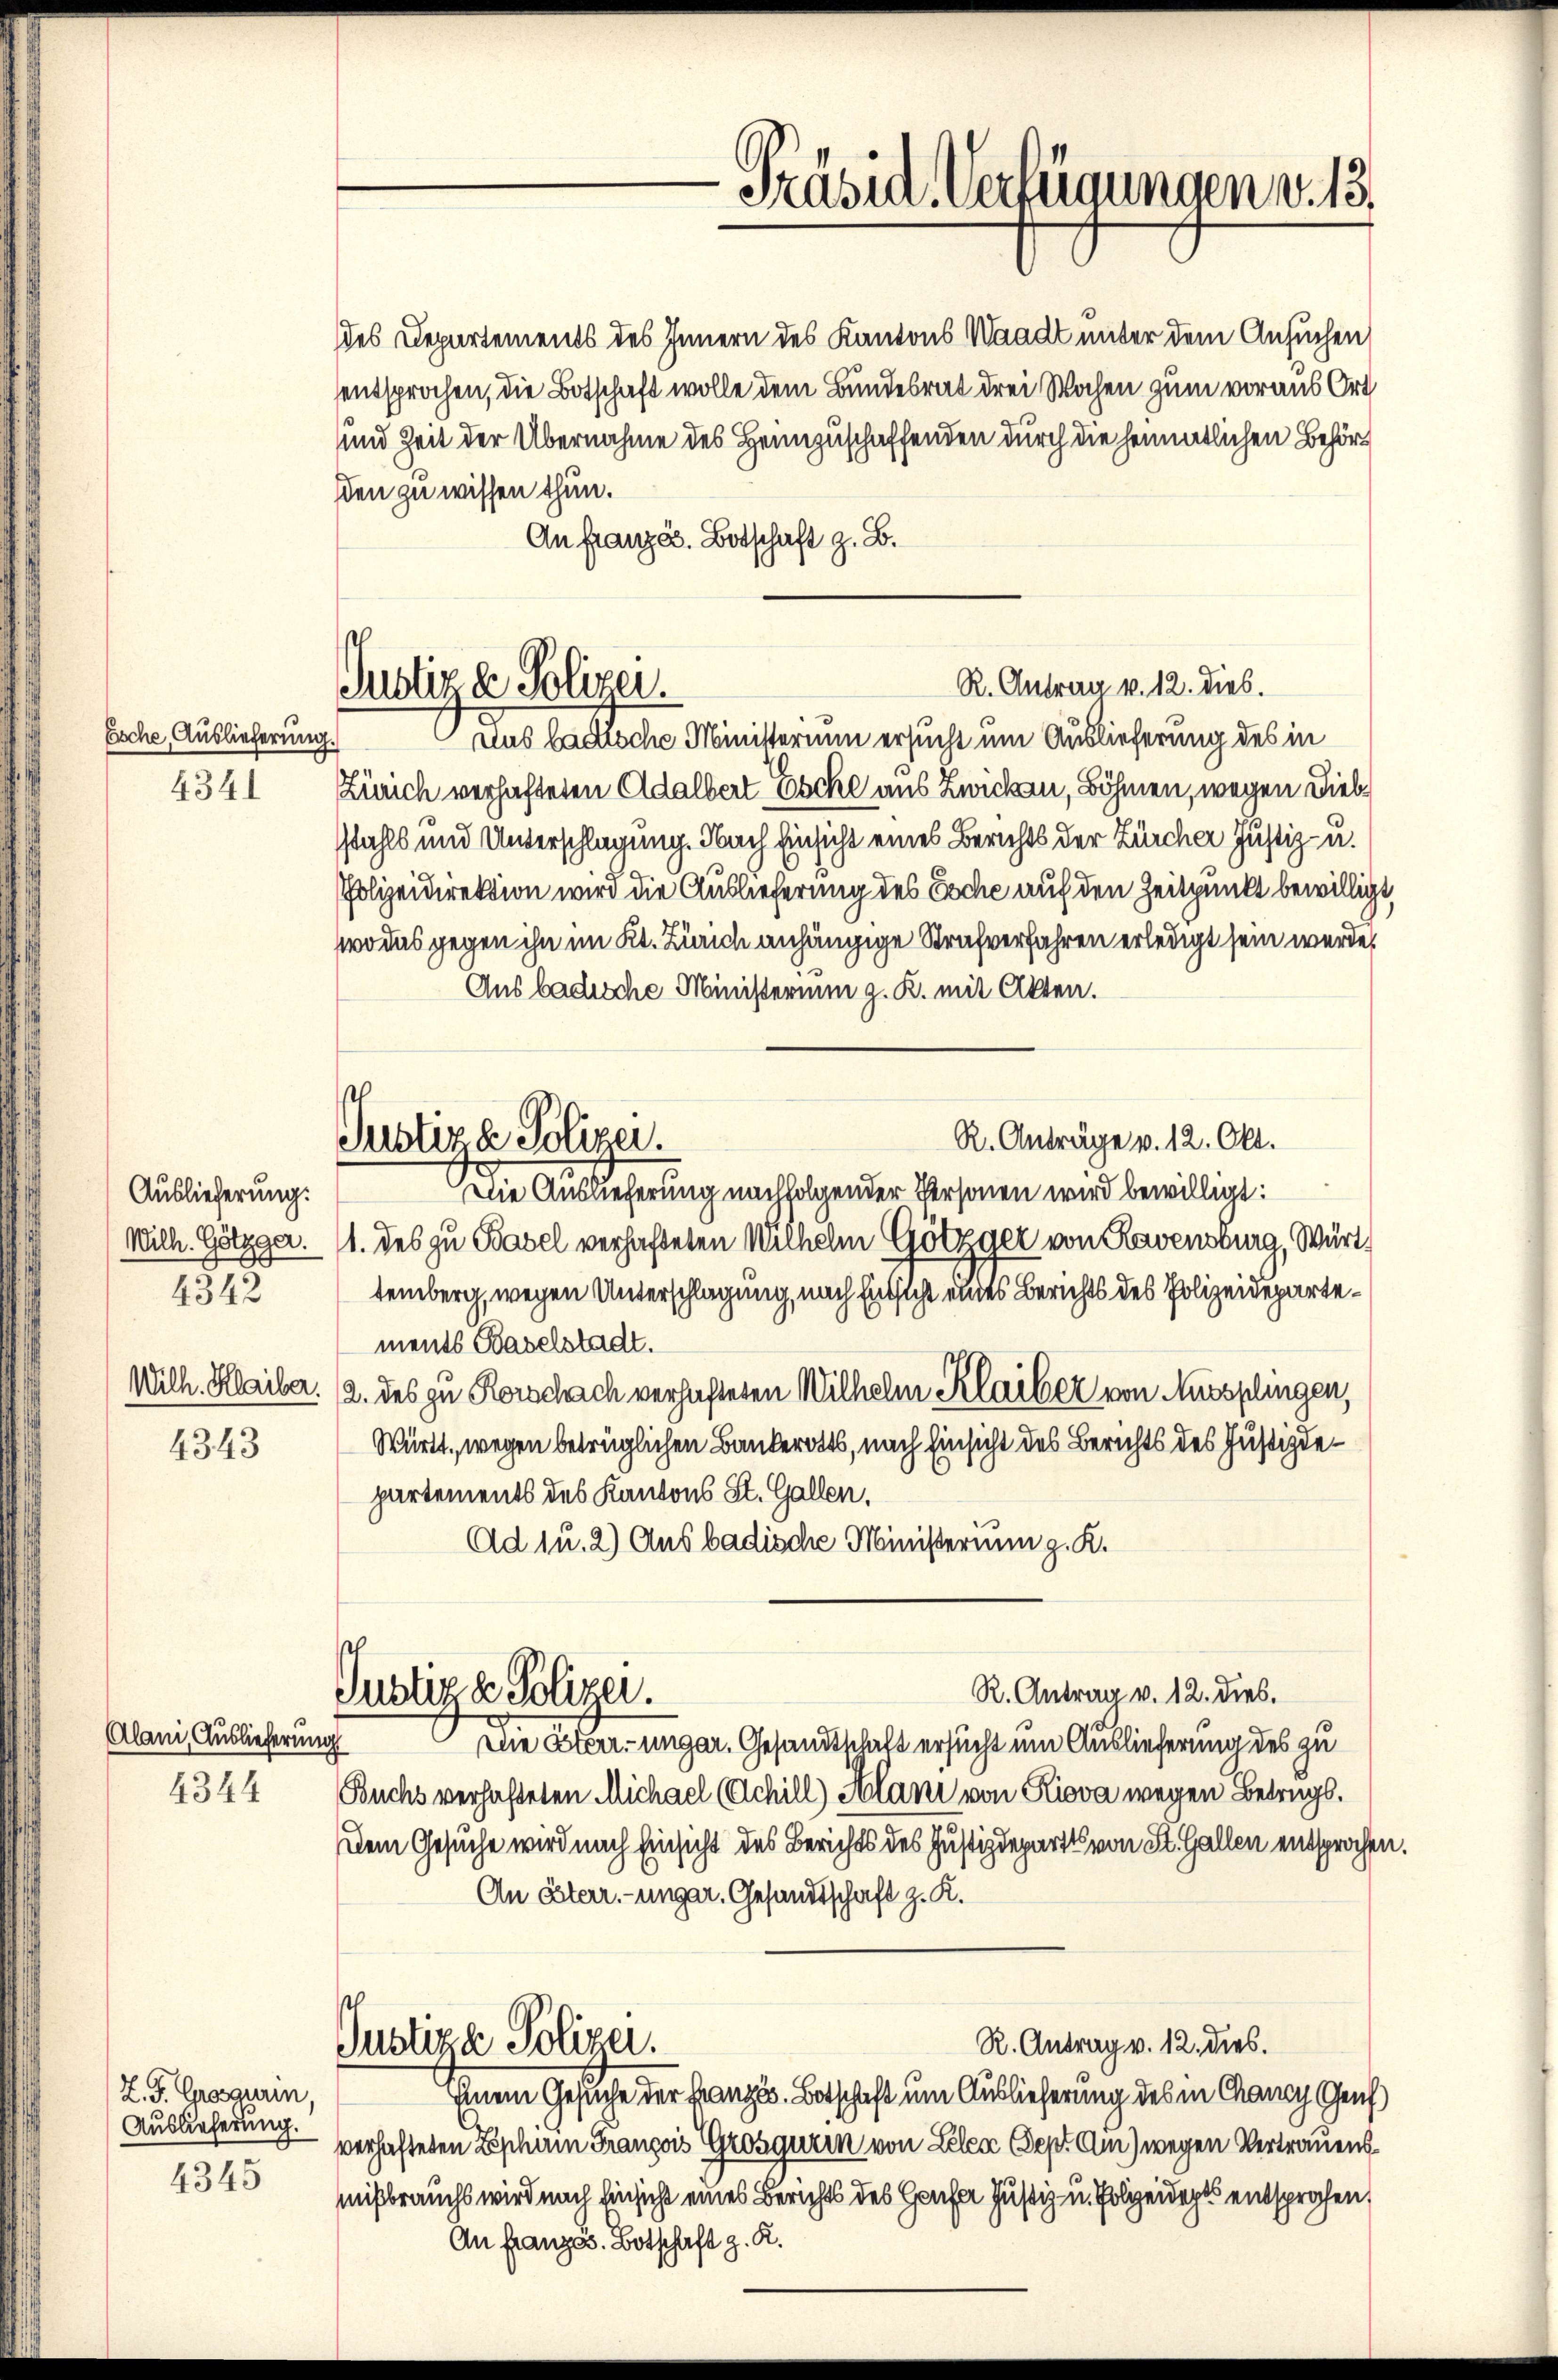
Esche, Auslieferung.
4341

Auslieferung.
Wilh. Götzger.
4342
Wilh. Haiber.

4343

Alani, Auslieferung

L. J. Grosgurin,
Auslieferung.
4345

Justiz de Polizei.

Justiza Polizei.

des Departements des Innern des Kantons Waadt unter dem Ansuchen,
sentsprochen, die Botschaft wolle dem Bundesrat drei Wochen zum voraus Ort
und Zeit der Übernahme des Heimzuschaffenden durch die heimatlichen Behörden zu wissen thun.
An Französ. Botschaft z. B.
dus badische Ministerium ersucht um Auslieferung des in
Zürich verhafteten Adalbert Esche aus Zwicken, Böhmen, wegen Diebstahls und Unterschlagung. Nach Einsicht eines Berichts der Zürcher Justiz- u.
Polizeidirektion wird die Auslieferung des Esche auf den Zeitpunkt bewilligt,
wo das gegen ihn im Kt. Zürich anhängige Strafverfahren erledigt sein werde,
Aus badische Ministerium z. R. mit Akten.
R. Anträge v. 12. Okt.
Die Auslieferung nachfolgender Personen wird bewilligt:
1. des zu Basel verhafteten Wilhelm Götzger von Ravensburg, Württemberg, wegen Unterschlagung, nach Entsicht eines Berichts des Polizeidepartements Baselstadt.
2. des zu Rorschach verhafteten Wilhelm Klaiber von Mursplingen,
Württ. wegen betrüglichen Bankerotts, nach Einsicht des Berichts des Justizdepartements des Kantons St. Gallen.
Ad 1u. 2) Ausbadische Ministerium z. K.
R. Antrag v. 12. dies.
Justiz & Polizer.
Die Aber ungar. Gesandtschaft ersucht um Auslieferung des zu
4344 Buchs verhafteten Michael (Achill) Alani von Riova wegen Betrags.
Dem Gesuche wird nach Einsicht des Berichts des Justizdepartes von St. Gallen entsprochen
An Esterr. unger. Gesandtschaft z. K.
ch
R. Antrag v. 12. dies.
Justiza Polizei.
Einem Gesuche der Französ. Botschaft um Auslieferung des in Chancy Genf
verhafteten Beschem François Grosgurin von Lelen Sept Am) wegen Vertrauensmißbrauchs wird nach Einsicht eines Berichts des Hauser Justiz u. Polizeideges entsprochen,
An Französ. Botschaft z. R.

Präsid. Verfügungen v. 13.

R. Antrau v. 12. dies.